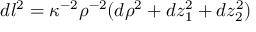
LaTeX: d l ^ { 2 } = \kappa ^ { - 2 } \rho ^ { - 2 } ( d \rho ^ { 2 } + d z _ { 1 } ^ { 2 } + d z _ { 2 } ^ { 2 } ) ~ ~ ~